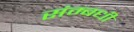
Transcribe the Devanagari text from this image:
संम्बधी